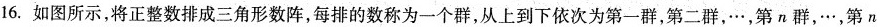
16.如图所示，将正整数排成三角形数阵，每排的数称为一群，从上到下依次为第一群，第二群，…，第n群，…，第n